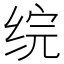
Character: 𬘫